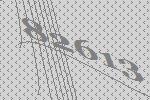
82613